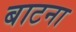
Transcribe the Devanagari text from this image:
बाटना